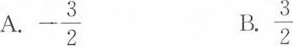
A.-\frac{3}{2} B.\frac{3}{2}